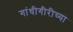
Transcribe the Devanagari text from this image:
गांधीगीरीच्या